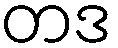
တဒ